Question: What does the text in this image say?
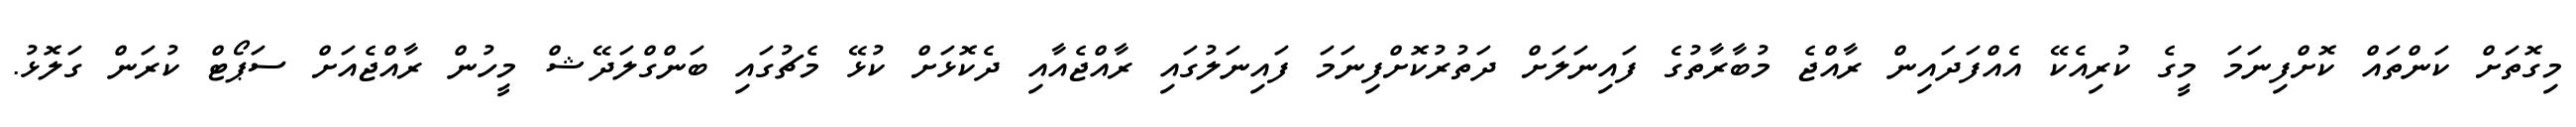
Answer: މިގޮތަށް ކަންތައް ކޮށްފިނަމަ މީގެ ކުރިއެކޭ އެއްފަދައިން ރާއްޖެ މުބާރާތުގެ ފައިނަލަށް ދަތުރުކޮށްފިނަމަ ފައިނަލުގައި ރާއްޖެއާއި ދެކޮޅަށް ކުޅޭ މެޗުގައި ބަންގްލަދޭޝް މީހުން ރާއްޖެއަށް ސަޕޯޓް ކުރަން ގަލޮޅު.